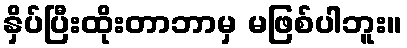
နှိပ်ပြီးထိုးတာဘာမှ မဖြစ်ပါဘူး။